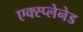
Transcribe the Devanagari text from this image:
एक्स्प्लेनेड